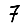
Digit: 7